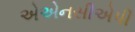
એએનસીએપી